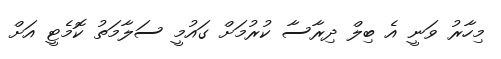
މިހާރު ވަނީ އެ ބިލް ދިރާސާ ކުރުމަށް ގައުމީ ސަލާމަތު ކޮމެޓީ އަށް